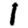
Digit: 1